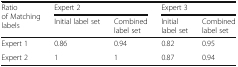
<table><thead><tr><td rowspan="2"><b>Ratio of Matching labels</b></td><td colspan="2"><b>Expert 2</b></td><td colspan="2"><b>Expert 3</b></td></tr><tr><td><b>Initial label set</b></td><td><b>Combined label set</b></td><td><b>Initial label set</b></td><td><b>Combined label set</b></td></tr></thead><tbody><tr><td>Expert 1</td><td>0.86</td><td>0.94</td><td>0.82</td><td>0.95</td></tr><tr><td>Expert 2</td><td>1</td><td>1</td><td>0.87</td><td>0.94</td></tr></tbody></table>